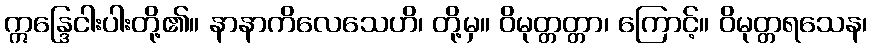
ဣန္ဒြေငါးပါးတို့၏။ နာနာကိလေသေဟိ၊ တို့မှ။ ဝိမုတ္တတ္တာ၊ ကြောင့်။ ဝိမုတ္တရသေန၊